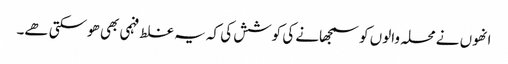
انھوں نے محلہ والوں کو سمجھانے کی کوشش کی کہ یہ غلط فہمی بھی ھوسکتی ھے۔